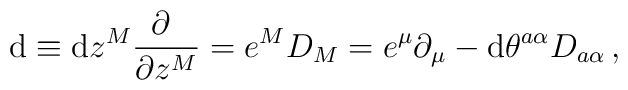
{\rm d}\equiv {\rm d}z^{M}\frac{\partial~}{\partial z^{M}}=e^{M}D_{M}=e^{\mu}\partial_{\mu}-{\rm d}\theta^{a\alpha}D_{a\alpha}\,,